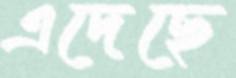
এদেছে